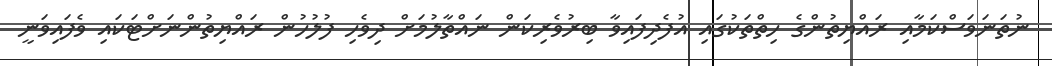
ނުތަނަވަސްކަމާއި ރައްޔިތުންގެ ހިތްތަކުގައި އުފެދިފައިވާ ބިރުވެރިކަން ނައްތާލުމަށް ދިވެހި ފުލުހުން ރައްޔިތުންނަށްޓަކައި ވެފައިވަނީ